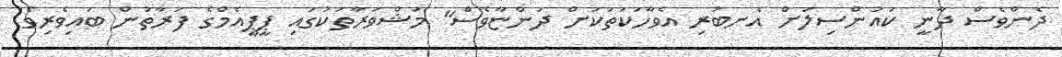
ދެންވެސް ދާނީ ކައުންސިލަށް އެނބުރި އެވާހަކަތަކަށް ދަންޏާވެސް" މަޝްވަރާތަކުގައި ޕީޕީއެމްގެ ފަރާތުން ބައިވެރިވެ